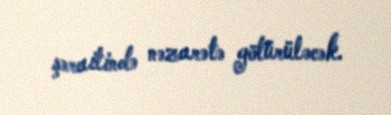
şəraitində nəzarətə götürüləcək.